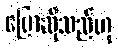
ပြောဆိုသည်ဟု